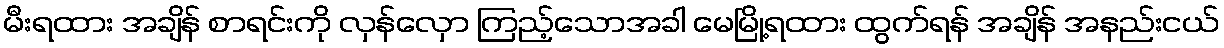
မီးရထား အချိန် စာရင်းကို လှန်လှော ကြည့်သောအခါ မေမြို့ရထား ထွက်ရန် အချိန် အနည်းငယ်